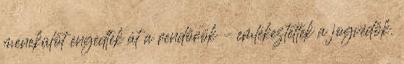
menekülőt engedtek át a rendőrök – emlékeztettek a jogvédők.